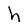
Character: h